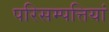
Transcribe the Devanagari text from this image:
परिसम्पत्तियां